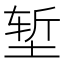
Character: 堑